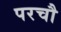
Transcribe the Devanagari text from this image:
परचौ